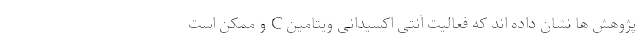
پژوهش ها نشان داده اند که فعالیت آنتی اکسیدانی ویتامین C و ممکن است